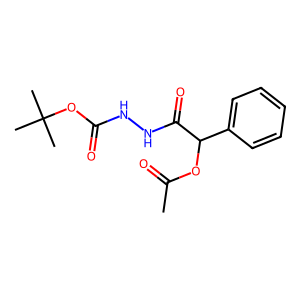
SMILES: CC(=O)OC(C(=O)NNC(=O)OC(C)(C)C)c1ccccc1
Inhibits HIV replication: No